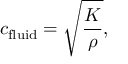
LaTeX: c _ { \mathrm { f l u i d } } = { \sqrt { \frac { K } { \rho } } } ,